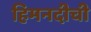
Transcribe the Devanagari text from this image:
हिमनदीची